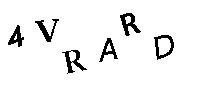
4VRARD